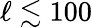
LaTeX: \ell\lesssim 100